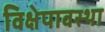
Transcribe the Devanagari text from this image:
विक्षेपावस्था